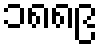
၁၈၈၉